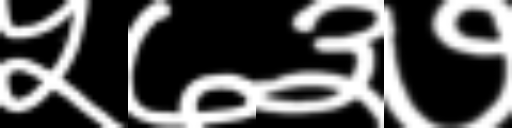
Text: ५७३७